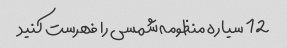
12 سیاره منظومه شمسی را فهرست کنید